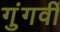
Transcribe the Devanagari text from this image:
गुंगवीं